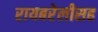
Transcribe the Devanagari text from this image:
रायबरेलीसह